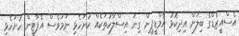
އެސްއީޒެޑްގެ ބިލަށް އިދިކޮޅު އެމްޑީޕީން ގިނަ އިސްލާހުތަކެއް ހުށަހެޅި ނަމަވެސް އެޕާޓީން ހުށަހެޅި